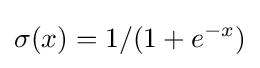
\sigma (x)=1/(1+e^{-x})